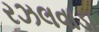
રઝલવાડા